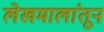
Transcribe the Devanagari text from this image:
लेखमालांतून